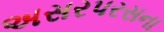
અસરપરસના